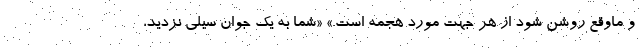
و ماوقع روشن شود از هر جهت مورد هجمه است.» «شما به یک جوان سیلی نزدید،